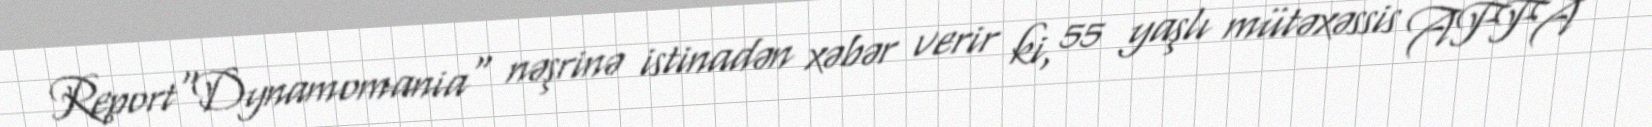
Report"Dynamomania" nəşrinə istinadən xəbər verir ki, 55 yaşlı mütəxəssis AFFA